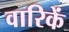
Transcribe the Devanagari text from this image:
वारिकें